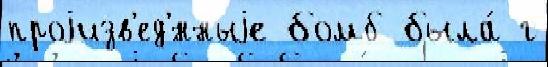
проjизв'ед'́нныjе бомб была́ г